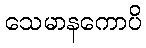
သေမာနကောပိ